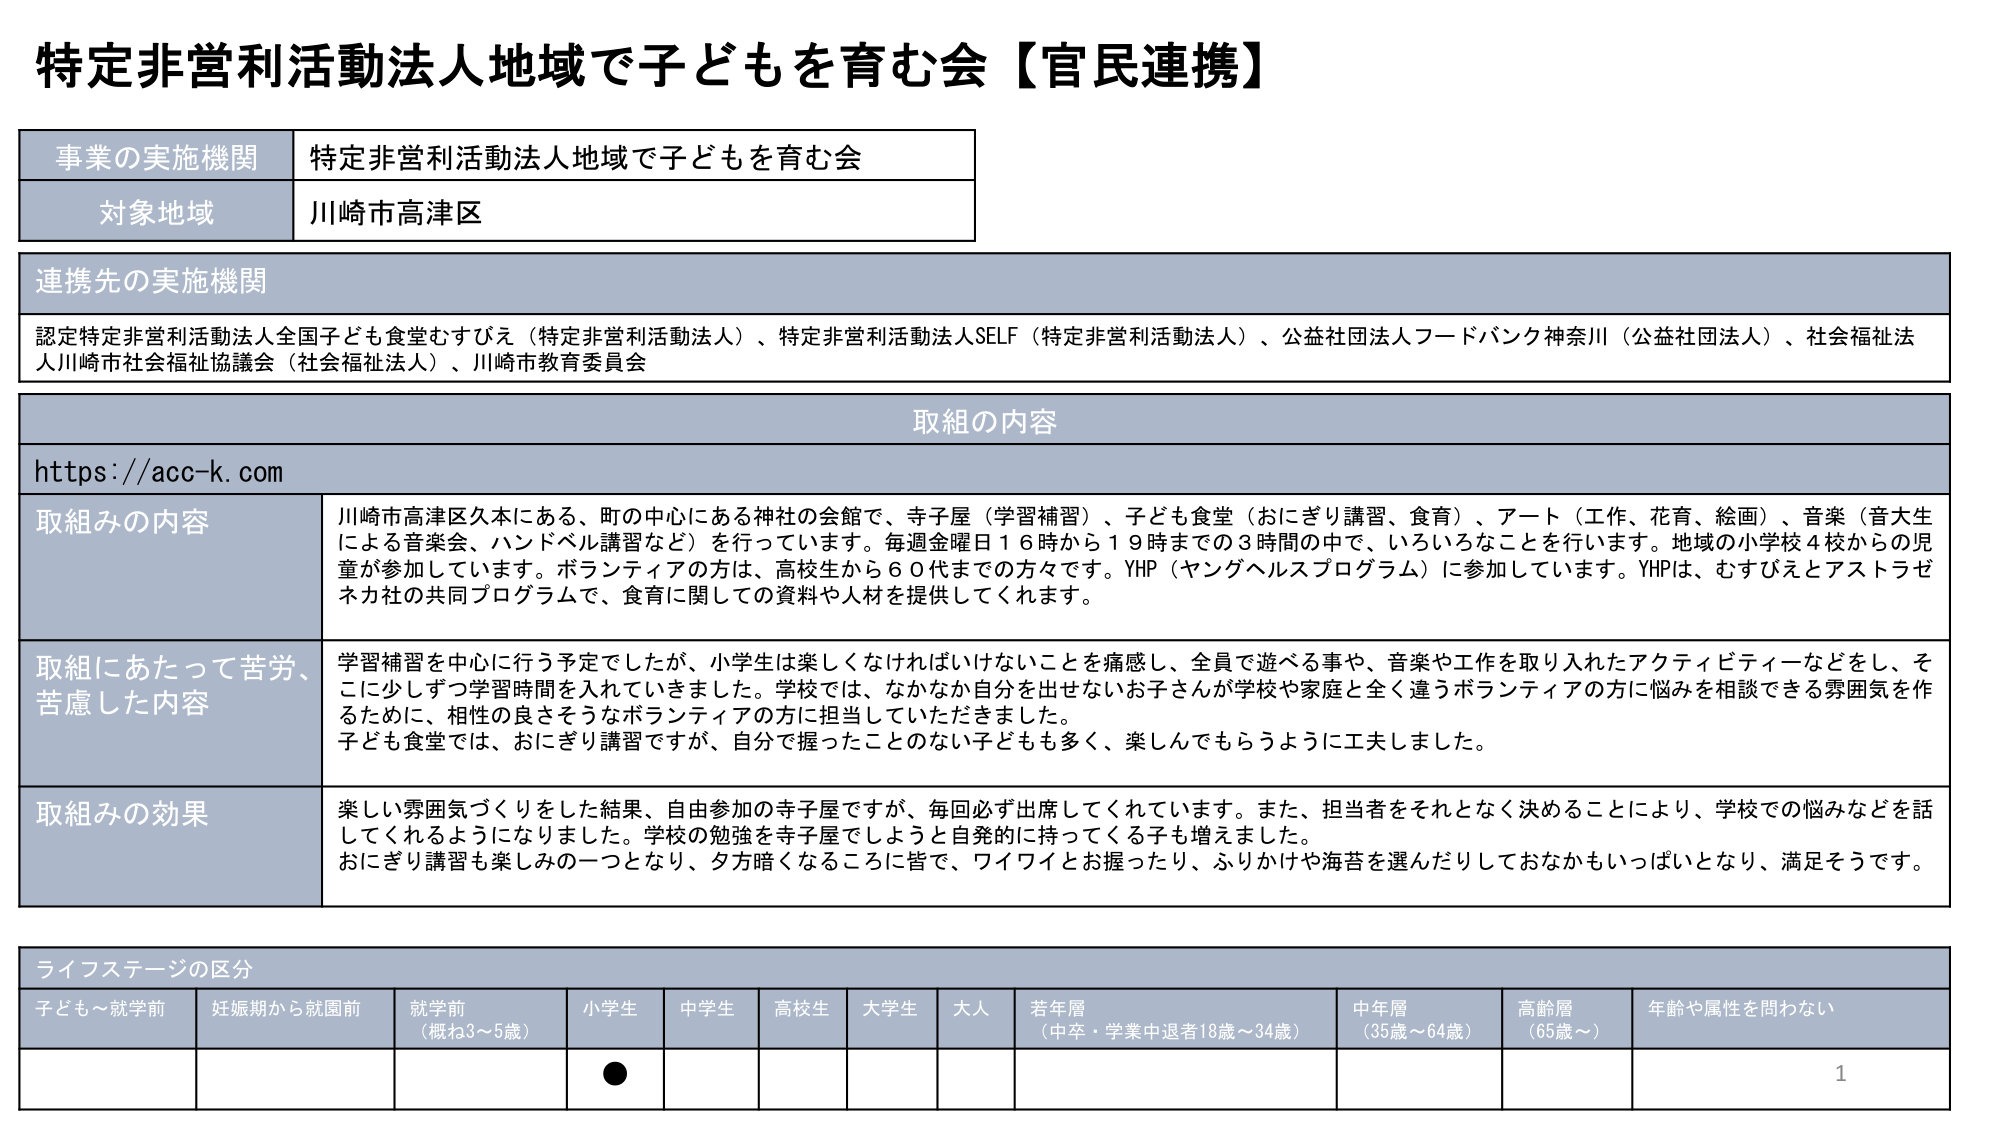
特定非営利活動法人地域で子どもを育む会【官民連携】

事業の実施機関 特定非営利活動法人地域で子どもを育む会
対象地域 川崎市高津区

連携先の実施機関
認定特定非営利活動法人全国子ども食堂むすびえ（特定非営利活動法人）、特定非営利活動法人SELF（特定非営利活動法人）、公益社団法人フードバンク神奈川（公益社団法人）、社会福祉法人川崎市社会福祉協議会（社会福祉法人）、川崎市教育委員会

取組の内容
https://acc-k.com

取組みの内容 川崎市高津区久本にある、町の中心にある神社の会館で、寺子屋（学習補習）、子ども食堂（おにぎり講習、食育）、アート（工作、花育、絵画）、音楽（音大生による音楽会、ハンドベル講習など）を行っています。毎週金曜日16時から19時までの3時間の中で、いろいろなことを行います。地域の小学校4校からの児童が参加しています。ボランティアの方は、高校生から60代までの方々です。YHP（ヤングヘルスプログラム）に参加しています。YHPは、むすびえとアストラゼネカ社の共同プログラムで、食育に関しての資料や人材を提供してくれます。

取組にあたって苦労、苦慮した内容 学習補習を中心に行う予定でしたが、小学生は楽しくなければいけないことを痛感し、全員で遊べる事や、音楽や工作を取り入れたアクティビティなどをし、そこに少しずつ学習時間を入れていきました。学校では、なかなか自分を出せないお子さんが学校や家庭と全く違うボランティアの方に悩みを相談できる雰囲気を作るために、相性の良さそうなボランティアの方に担当していただきました。子ども食堂では、おにぎり講習ですが、自分で握ったことのない子どもも多く、楽しんでもらうように工夫しました。

取組みの効果 楽しい雰囲気づくりをした結果、自由参加の寺子屋ですが、毎回必ず出席してくれています。また、担当者をそれとなく決めることにより、学校での悩みなどを話してくれるようになりました。学校の勉強を寺子屋でしようと言わずに持ってくる子も増えました。おにぎり講習も楽しみの一つとなり、夕方暗くなるころに皆で、ワイワイとお握ったり、ふりかけや海苔を選んだりしておなかもいっぱいとなり、満足そうです。

ライフステージの区分
子ども～就学前 妊娠期から就園前 就学前（概ね3～5歳） 小学生 中学生 高校生 大学生 大人 若年層（中卒・学業中退者18歳～34歳） 中年層（35歳～64歳） 高齢層（65歳～） 年齢や属性を問わない

●

1